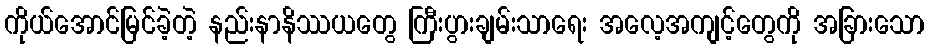
ကိုယ်အောင်မြင်ခဲ့တဲ့ နည်းနာနိဿယတွေ ကြီးပွားချမ်းသာရေး အလေ့အကျင့်တွေကို အခြားသော